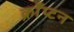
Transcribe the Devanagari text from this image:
क्राँप्टन